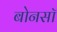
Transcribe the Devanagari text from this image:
बोनसॉ